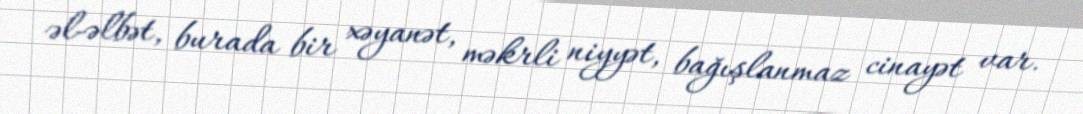
əl-əlbət, burada bir xəyanət, məkrli niyyət, bağışlanmaz cinayət var.